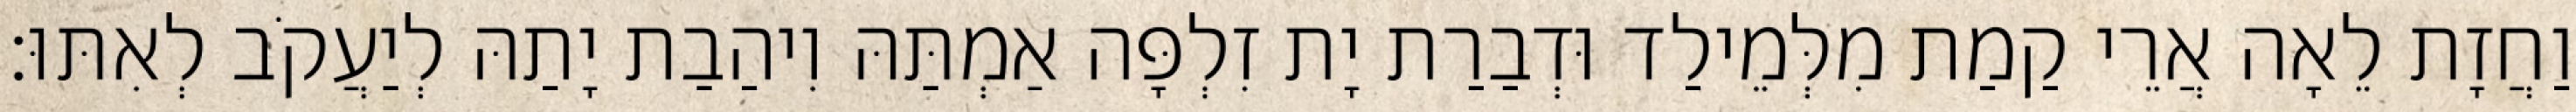
וַחֲזָת לֵאָה אֲרֵי קַמַת מִלְּמֵילַד וּדְבַרַת יָת זִלְפָּה אַמְתַּהּ וִיהַבַת יָתַהּ לְיַעֲקֹב לְאִתּוּ׃